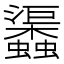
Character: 𧕎